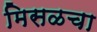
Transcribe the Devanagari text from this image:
मिसळचा